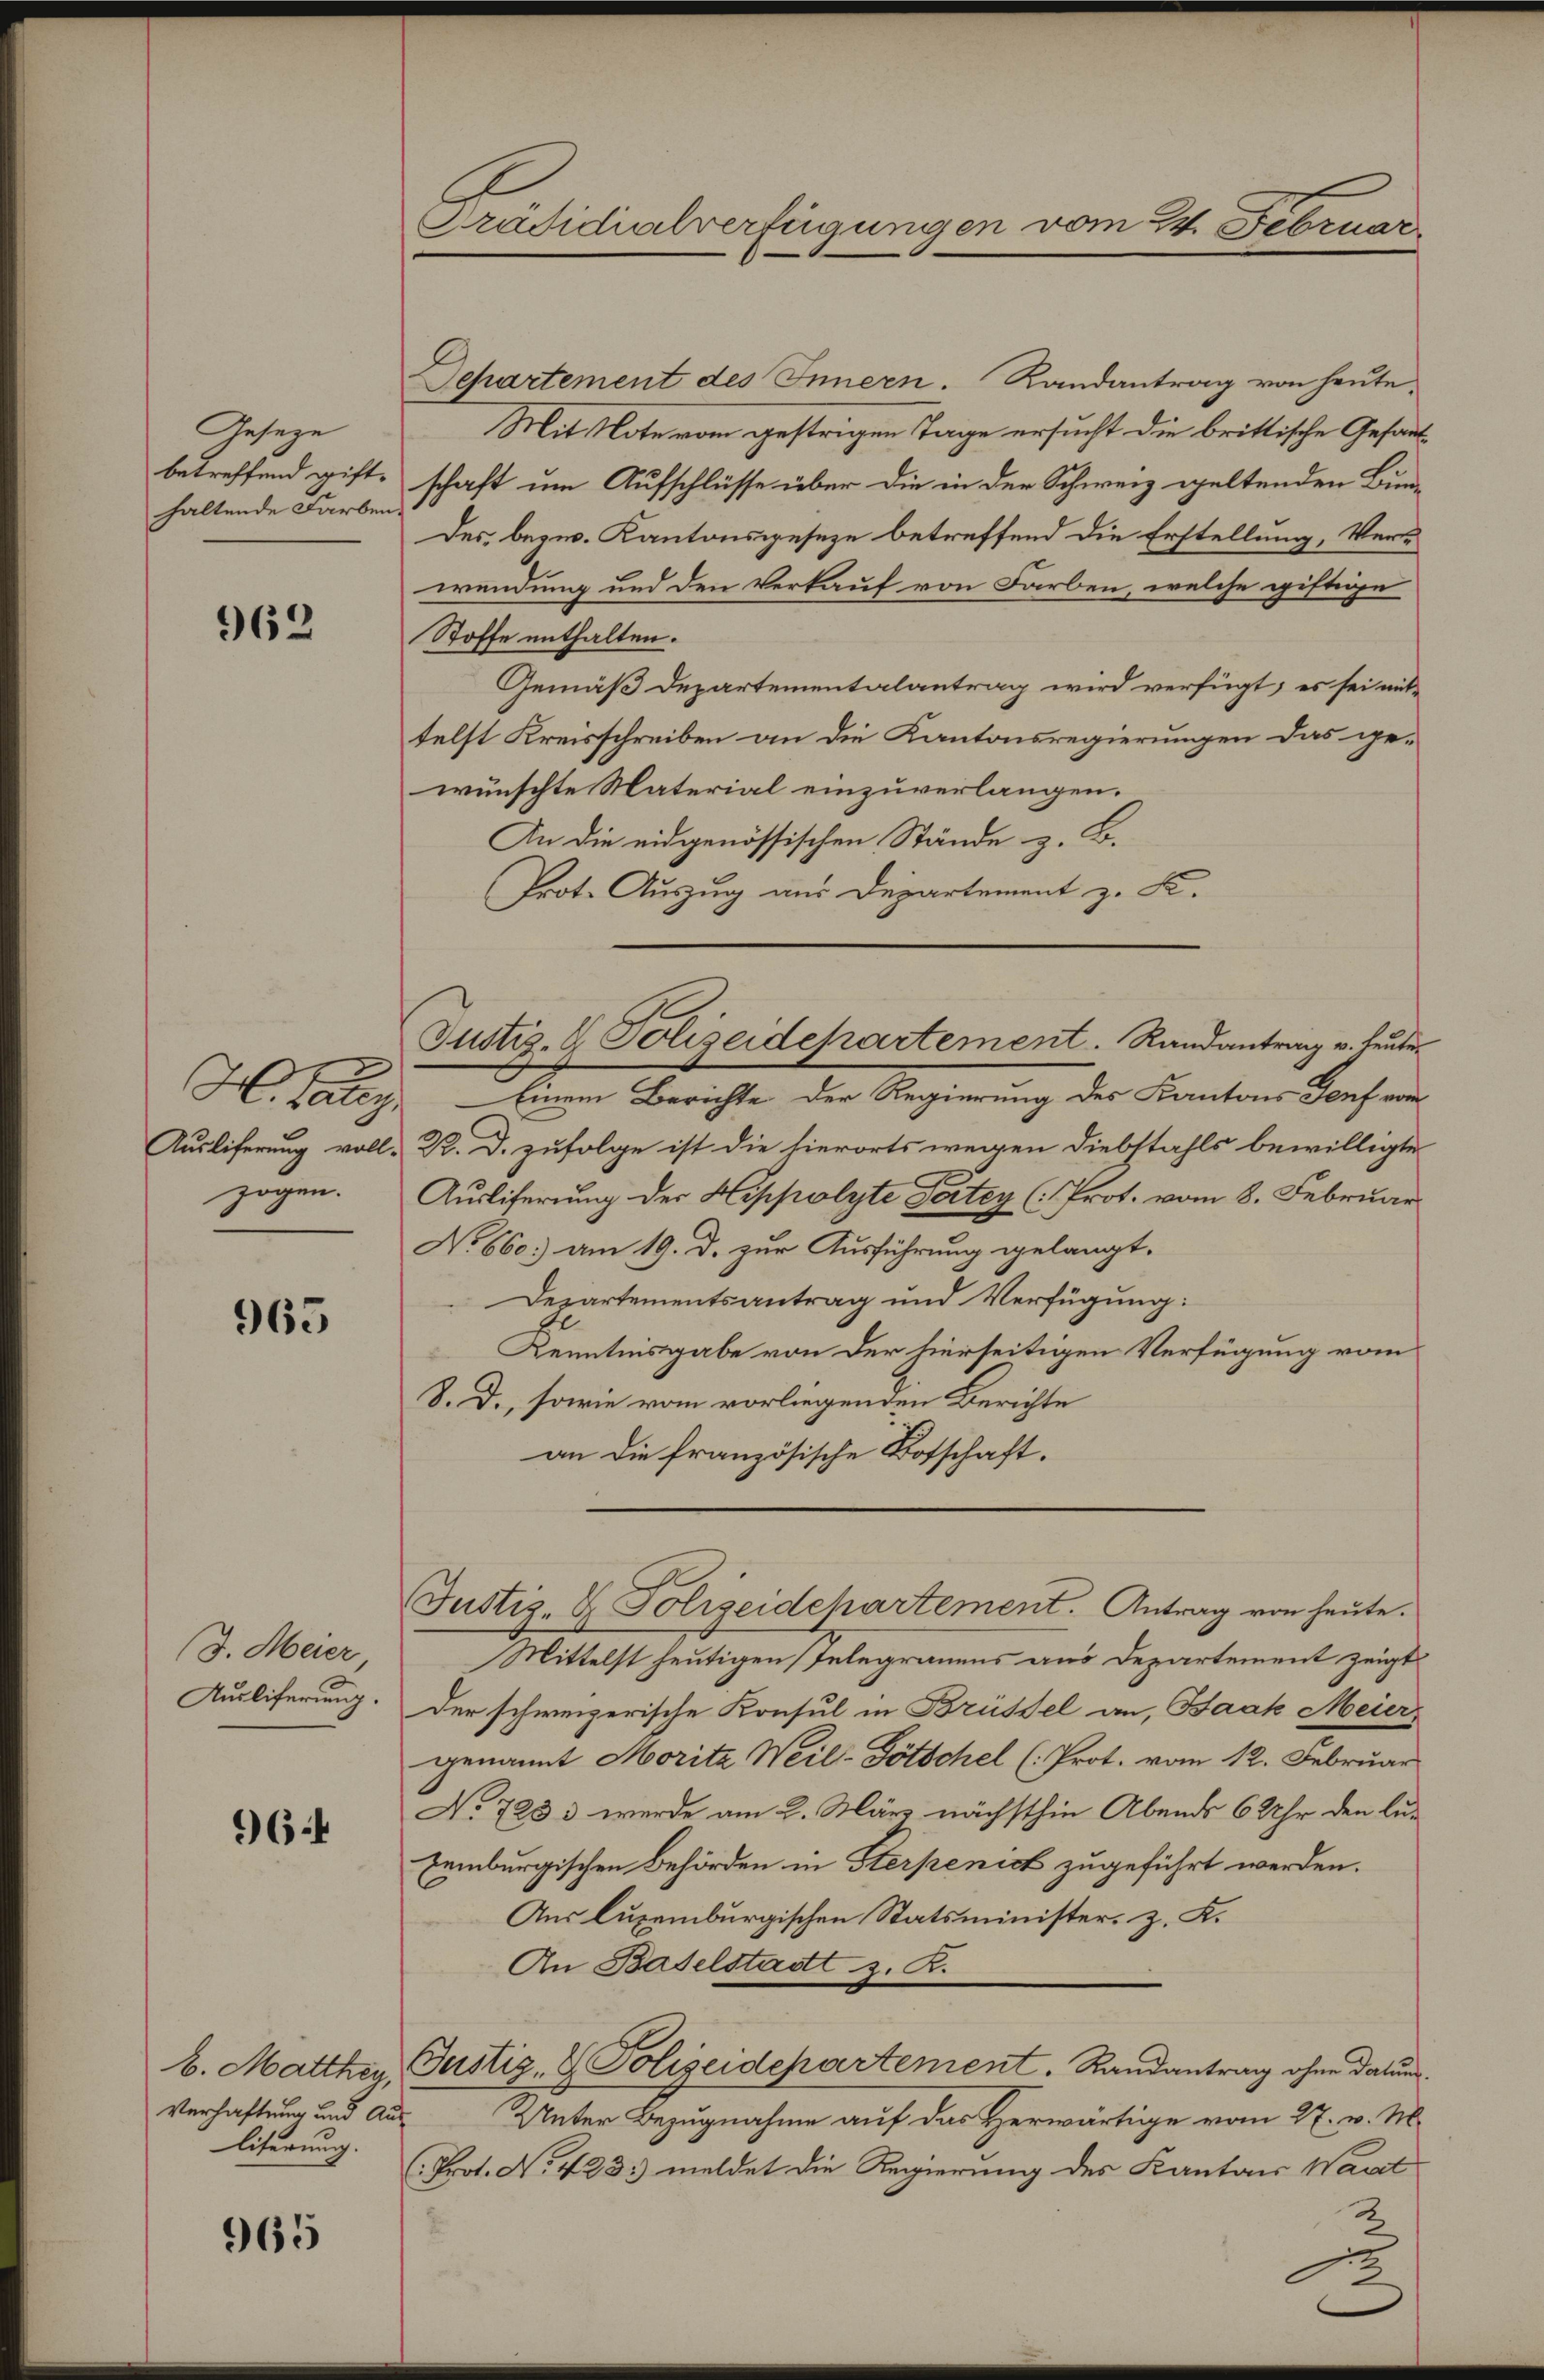
Geseze
betreffend gifthaltende Farben.

962

zogen.

965

J. Meier,
Auslieferung.

964

Verhaftung und Ausliterung.

965

Separtement des Innern. Randantrag von heute,
Mit Note vom gestrigen Tage ersucht die brittische Gesand
schaft um Aufschlüsse über die in der Schweiz geltenden Bun-
Des, bezw. Kantonsgeseze betreffend die Erstellung, Verwendung und den Verkauf von Farben, welche giftige
Stoffe enthalten.
Gemäß Departementalantrag wird verfügt, es sei mittelst Kreisschreiben an die Kantonsregierungen das ge-
wünschte Naterial einzuverlangen.
An die eidgenössischen Stände z. B.
Prot. Auszug aus Departement z. K.

Präsidialverfügungen vom 24. Februar

H. Catey. Einem Berichte der Regierung des Kantons Genf vom
Ausliferung voll- P. D. zufolge ist die hierorts wegen Diebstahls bewilligte
Auslieferung der Hippolyte Tortey (: Prot. vom 8. Februar
No 660.) am 19. d. zur Ausführung gelangt.
Departementsantrag und Verfügung:
Kenntnisgabe von der hierseitigen Verfügung vom
S. D., sowie vom vorliegenden Berichte
an die französische Botschaft.
Mittelst heutigen Telegrauens aus Departement zeigt
der schweizerische Konsul in Brüssel an, Baak Meier
genannt Morita Weil-Tötschel (Prot. vom 12. Februar
No 723 3 werde am 2. März nächsthin Abends 6 Uhr den lu¬
Eemburgischen Behörden in Sterpenict zugeführt werden.
Aus luxemburgischen Statsminister, z. K.
An Baselstadt z. B.
b. Matther, Justiz- & Polizeidepartement. Randantrag ohne Datums.
Unter Bezugnahme auf das Herwärtige vom 27. v. M.
(Prot. No. 423. meldet die Regierung des Kantons Wart

Justiz- & Polizeidepartement. Randantrag v. Heute

Justiz- & Polizeidepartement. Antrag von heute.